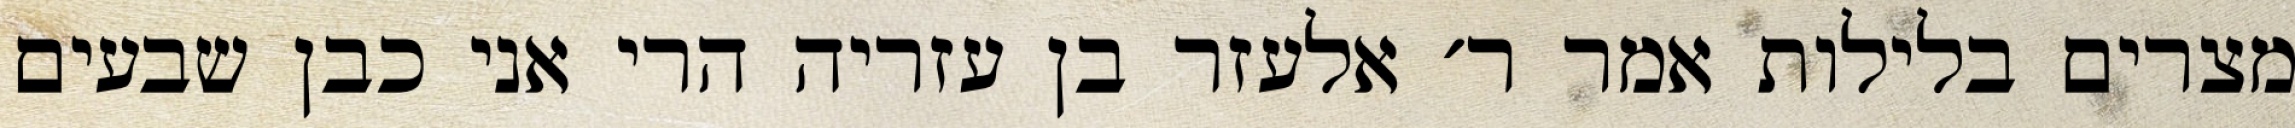
מצרים בלילות אמר ר׳ אלעזר בן עזריה הרי אני כבן שבעים